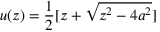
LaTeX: u ( z ) = { \frac { 1 } { 2 } } [ z + \sqrt { z ^ { 2 } - 4 a ^ { 2 } } ]